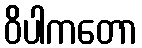
ဝိပါကတော